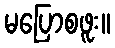
မပြောစဖူး။